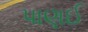
પાણઈ